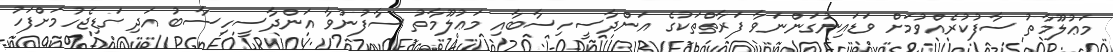
މަޢުލޫމާތު ސާފުކުރެއްވުމަށް ވަޑައިނުގަންނަވާ ފަރާތްތަކުގެ އަންދާސީހިސާބާއި މަޢުލޫމާތު ސާފުނުވާ އަންދާސީހިސާބު އަދި ގަޑިޖެހުމަށްފަހު